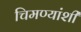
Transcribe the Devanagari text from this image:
चिमण्यांशी